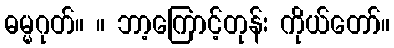
ဓမ္မဂုတ်။ ။ ဘာ့ကြောင့်တုန်း ကိုယ်တော်။